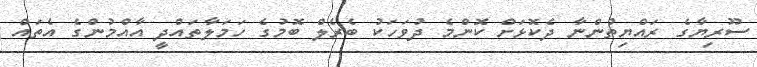
ސޫރިޔާގެ ރައްޔިތުންނާ ދެކޮޅަށް ކޮންމެ ދުވަހަކު ބެރެލް ބޮމުގެ ހަމަލާތައްދީ އާއްމުންގެ އެތައް